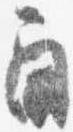
角